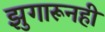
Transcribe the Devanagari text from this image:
झुगारूनही